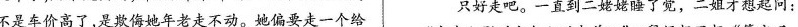
不是车价高了，是欺侮她年老走不动。她偏要走一个给 只好走吧。一直到二姥姥睡了觉，二姐才想起问：